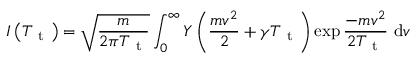
I \left( T _ { \mathrm { ~ t ~ } } \right) = \sqrt { \frac { m } { 2 \pi T _ { \mathrm { ~ t ~ } } } } \int _ { 0 } ^ { \infty } Y \left( \frac { m v ^ { 2 } } { 2 } + \gamma T _ { \mathrm { ~ t ~ } } \right) \exp \frac { - m v ^ { 2 } } { 2 T _ { \mathrm { ~ t ~ } } } \mathrm { ~ d } v